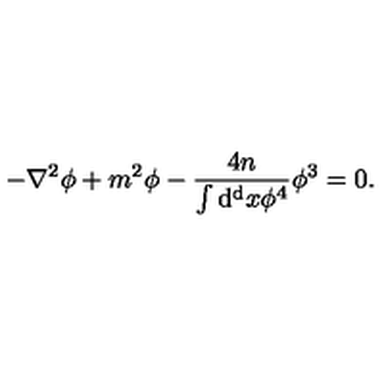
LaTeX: - \nabla ^ { 2 } \phi + m ^ { 2 } \phi - { \frac { 4 n } { \int \mathrm { d ^ { d } } x \phi ^ { 4 } } } \phi ^ { 3 } = 0 .